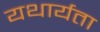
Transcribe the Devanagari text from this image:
यथार्यता